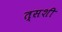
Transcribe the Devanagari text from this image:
त्सशी